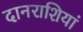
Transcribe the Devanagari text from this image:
दानराशियां